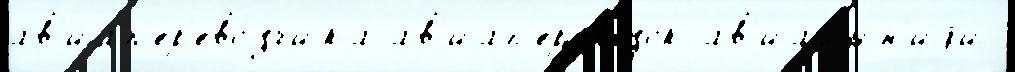
ав'иап'ер'ево́зчика ав'иап'ер'евозок ав'иал'и́н'иjи